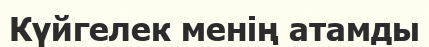
Күйгелек менiң атамды